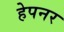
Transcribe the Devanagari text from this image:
हेपनर